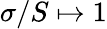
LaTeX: \sigma/S\mapsto 1